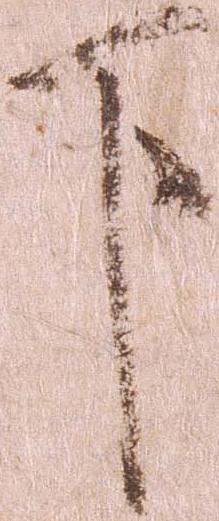
下